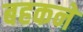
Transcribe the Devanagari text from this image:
बहकने